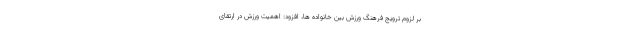
بر لزوم ترویج فرهنگ ورزش بین خانواده ها، افزود: اهمیت ورزش در ارتقای